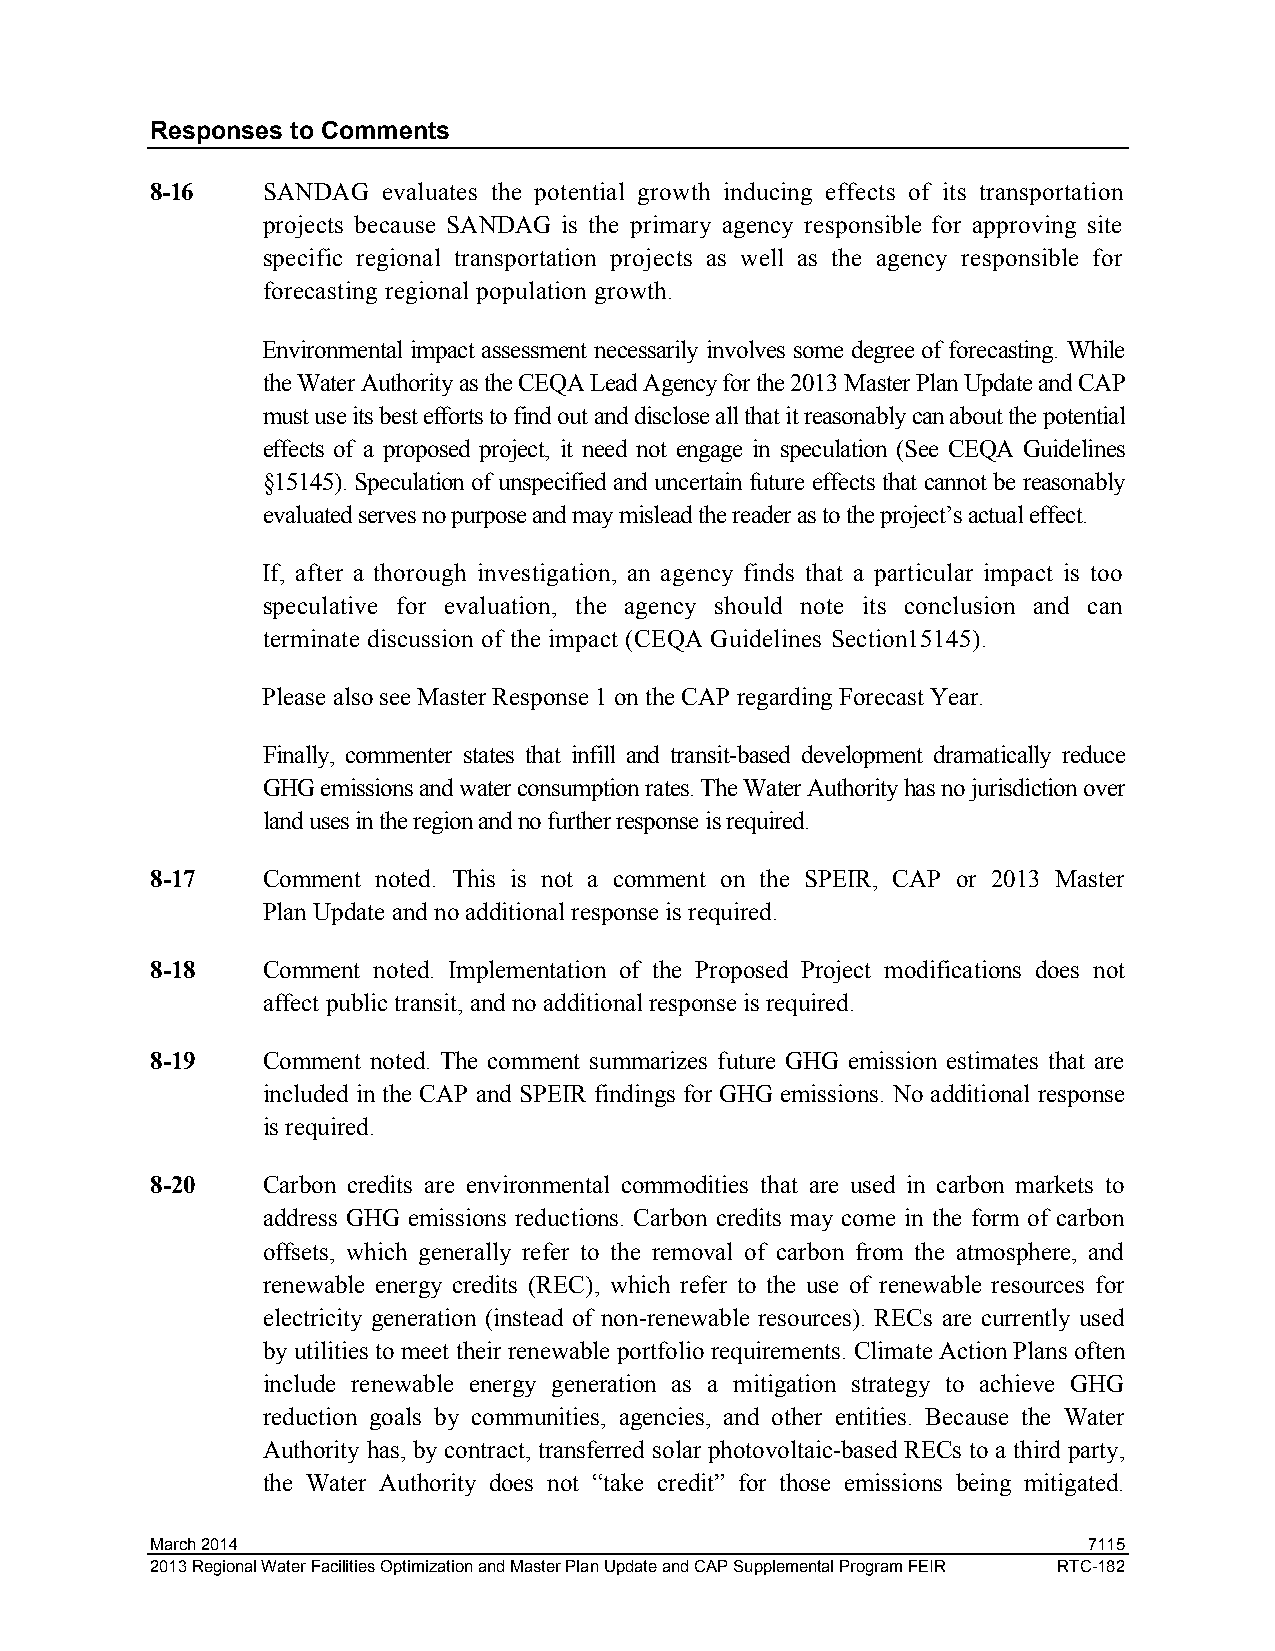
Responses to Comments
 8-16   SANDAG  evaluates the potential growth inducing effects of its transportation
 projects because SANDAG is the primary agency responsible for approving site
 specific regional transportation projects as well as the agency responsible for
 forecasting regional population growth.
 Environmental impact assessment necessarily involves some degree of forecasting. While
 the Water Authority as the CEQA Lead Agency for the 2013 Master Plan Update and CAP
 must use its best efforts to find out and disclose all that it reasonably can about the potential
 effects of a proposed project, it need not engage in speculation (See CEQA Guidelines
 §15145). Speculation of unspecified and uncertain future effects that cannot be reasonably
 evaluated serves no purpose and may mislead the reader as to the project’s actual effect.
 If, after a thorough investigation, an agency finds that a particular impact is too
 speculative for evaluation, the agency should note its conclusion and can
 terminate discussion of the impact (CEQA Guidelines Section15145).
 Please also see Master Response 1 on the CAP regarding Forecast Year.
 Finally, commenter states that infill and transit-based development dramatically reduce
 GHG emissions and water consumption rates. The Water Authority has no jurisdiction over
 land uses in the region and no further response is required.
 8-17   Comment noted. This is not a comment on the SPEIR, CAP or 2013 Master
 Plan Update and no additional response is required.
 8-18   Comment noted. Implementation of the Proposed Project modifications does not
 affect public transit, and no additional response is required.
 8-19   Comment noted. The comment summarizes future GHG emission estimates that are
 included in the CAP and SPEIR findings for GHG emissions. No additional response
 is required.
 8-20   Carbon credits are environmental commodities that are used in carbon markets to
 address GHG emissions reductions. Carbon credits may come in the form of carbon
 offsets, which generally refer to the removal of carbon from the atmosphere, and
 renewable energy credits (REC), which refer to the use of renewable resources for
 electricity generation (instead of non-renewable resources). RECs are currently used
 by utilities to meet their renewable portfolio requirements. Climate Action Plans often
 include renewable energy generation as a mitigation strategy to achieve GHG
 reduction goals by communities, agencies, and other entities. Because the Water
 Authority has, by contract, transferred solar photovoltaic-based RECs to a third party,
 the Water Authority does not “take credit” for those emissions being mitigated.
 March 2014                                                    7115
 2013 Regional Water Facilities Optimization and Master Plan Update and CAP Supplemental Program FEIR RTC-182